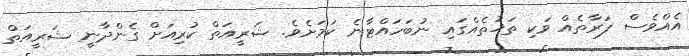
އެއްވެސް ފަރާތެއް ވަކި ތަޚުތެއްގައި ނުބަހައްޓާނެ ކަމަށެވެ. ޝަރީއަތް ކުރިއަށް ގެންދާނީ ޝަރީއަތް